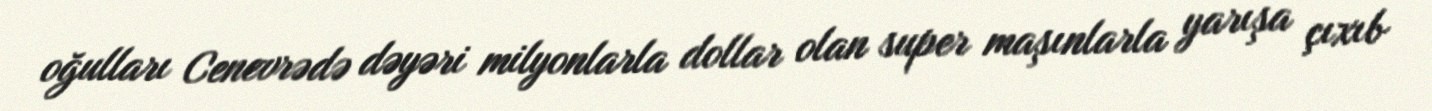
oğulları Cenevrədə dəyəri milyonlarla dollar olan super maşınlarla yarışa çıxıb